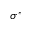
\sigma ^ { * }